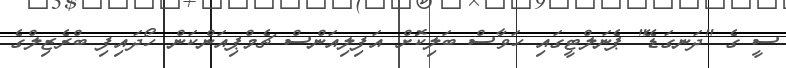
ސީ ގެ "ދަނގަޑޭ" ޕެނަލްޓީގައި ހަވާސް ބަލިކޮށް އަފިލިއަންސް ޗެމްޕިއަންކަން ހޯދައިފި ބްރެޒިލްގެ